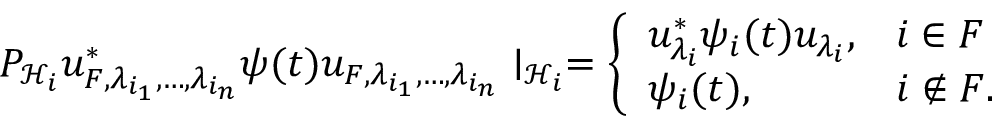
P _ { { \mathcal { H } } _ { i } } u _ { F , \lambda _ { i _ { 1 } } , \ldots , \lambda _ { i _ { n } } } ^ { * } \psi ( t ) u _ { F , \lambda _ { i _ { 1 } } , \ldots , \lambda _ { i _ { n } } } \mid _ { { \mathcal { H } } _ { i } } = \left\{ \begin{array} { l l } { u _ { \lambda _ { i } } ^ { * } \psi _ { i } ( t ) u _ { \lambda _ { i } } , } & { i \in F } \\ { \psi _ { i } ( t ) , } & { i \notin F . } \end{array} \right.